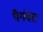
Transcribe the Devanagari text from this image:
पैगंबरा